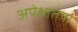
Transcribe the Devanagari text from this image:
अपेक्षातया